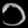
Digit: ၁